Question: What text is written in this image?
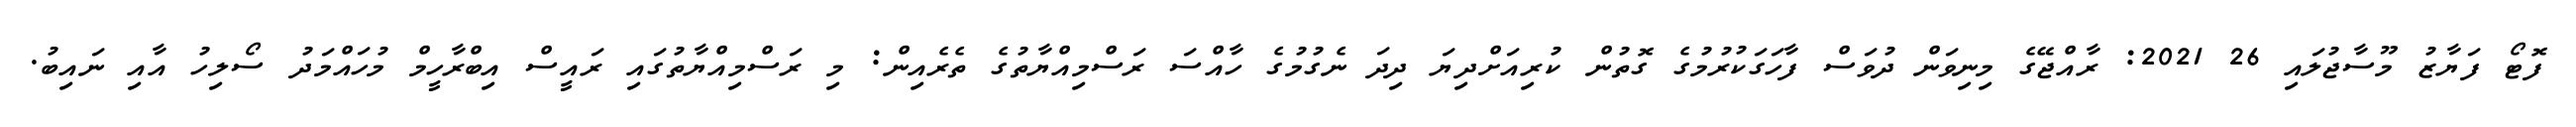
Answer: ފޮޓޯ ފަޔާޒު މޫސާޖުލައި 26 2021: ރާއްޖޭގެ މިނިވަން ދުވަސް ފާހަގަކުރުމުގެ ގޮތުން ކުރިއަށްދިޔަ ދިދަ ނެގުމުގެ ހާއްސަ ރަސްމިއްޔާތުގެ ތެރެއިން: މި ރަސްމިއްޔާތުގައި ރައީސް އިބްރާހީމް މުހައްމަދު ސޯލިހު އާއި ނައިބު.